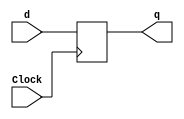
/*
Module name: D flipflop
Author: Nguyen Thanh Phu
*/

module d_ff(output reg q, input d, input Clock);
    //posedge for "low-to-high edge"
    //negedge for "high-to-low edge"
    initial begin // v kim tra b qua ci ny nhe :v
        q <= 0;
    end
    always @(posedge Clock)
        begin
                q <= d;
        end
endmodule